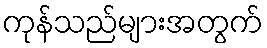
ကုန်သည်များအတွက်